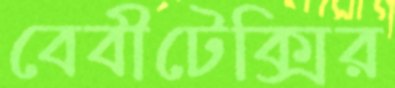
বেবীটেক্সির